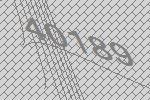
40189